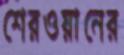
শেরওয়ানের